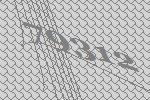
79312